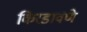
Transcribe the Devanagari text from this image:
किरडावणे